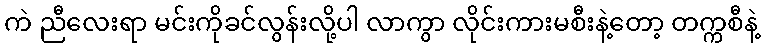
ကဲ ညီလေးရာ မင်းကိုခင်လွန်းလို့ပါ လာကွာ လိုင်းကားမစီးနဲ့တော့ တက္ကစီနဲ့